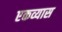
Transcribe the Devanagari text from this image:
एकव्यास